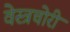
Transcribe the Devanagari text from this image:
वेस्त्रचोरी